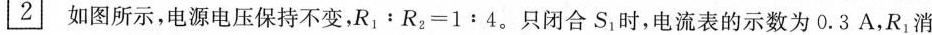
2 如图所示，电源电压保持不变，$$R _ { 1 } ： R _ { 2 } = 1 : 4$$。只闭合S_{1}时，电流表的示数为0.3A，R_{1}消